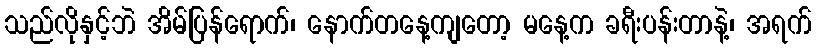
သည်လိုနှင့်ဘဲ အိမ်ပြန်ရောက်၊ နောက်တနေ့ကျတော့ မနေ့က ခရီးပန်းတာနဲ့၊ အရက်